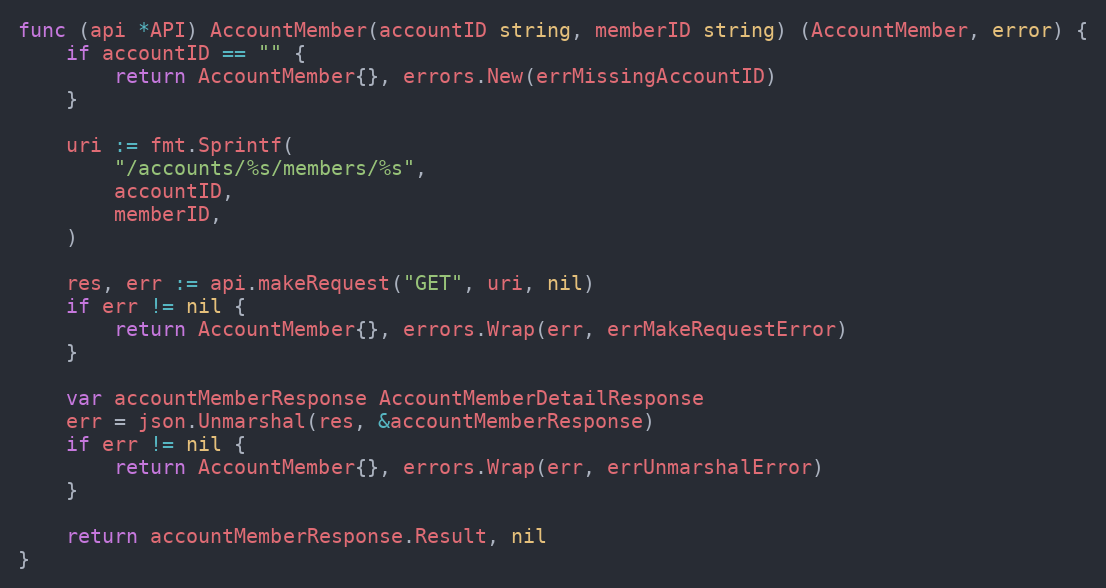
Language: Go
func (api *API) AccountMember(accountID string, memberID string) (AccountMember, error) {
	if accountID == "" {
		return AccountMember{}, errors.New(errMissingAccountID)
	}

	uri := fmt.Sprintf(
		"/accounts/%s/members/%s",
		accountID,
		memberID,
	)

	res, err := api.makeRequest("GET", uri, nil)
	if err != nil {
		return AccountMember{}, errors.Wrap(err, errMakeRequestError)
	}

	var accountMemberResponse AccountMemberDetailResponse
	err = json.Unmarshal(res, &accountMemberResponse)
	if err != nil {
		return AccountMember{}, errors.Wrap(err, errUnmarshalError)
	}

	return accountMemberResponse.Result, nil
}